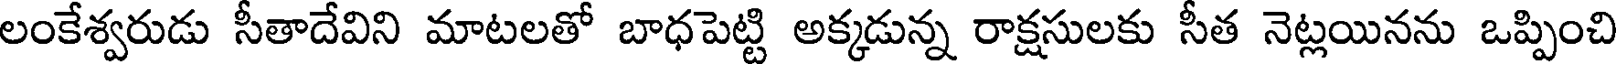
లంకేశ్వరుడు సీతాదేవిని మాటలతో బాధపెట్టి అక్కడున్న రాక్షసులకు సీత నెట్లయినను ఒప్పించి